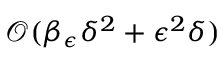
\mathcal { O } ( \beta _ { \epsilon } \delta ^ { 2 } + \epsilon ^ { 2 } \delta )